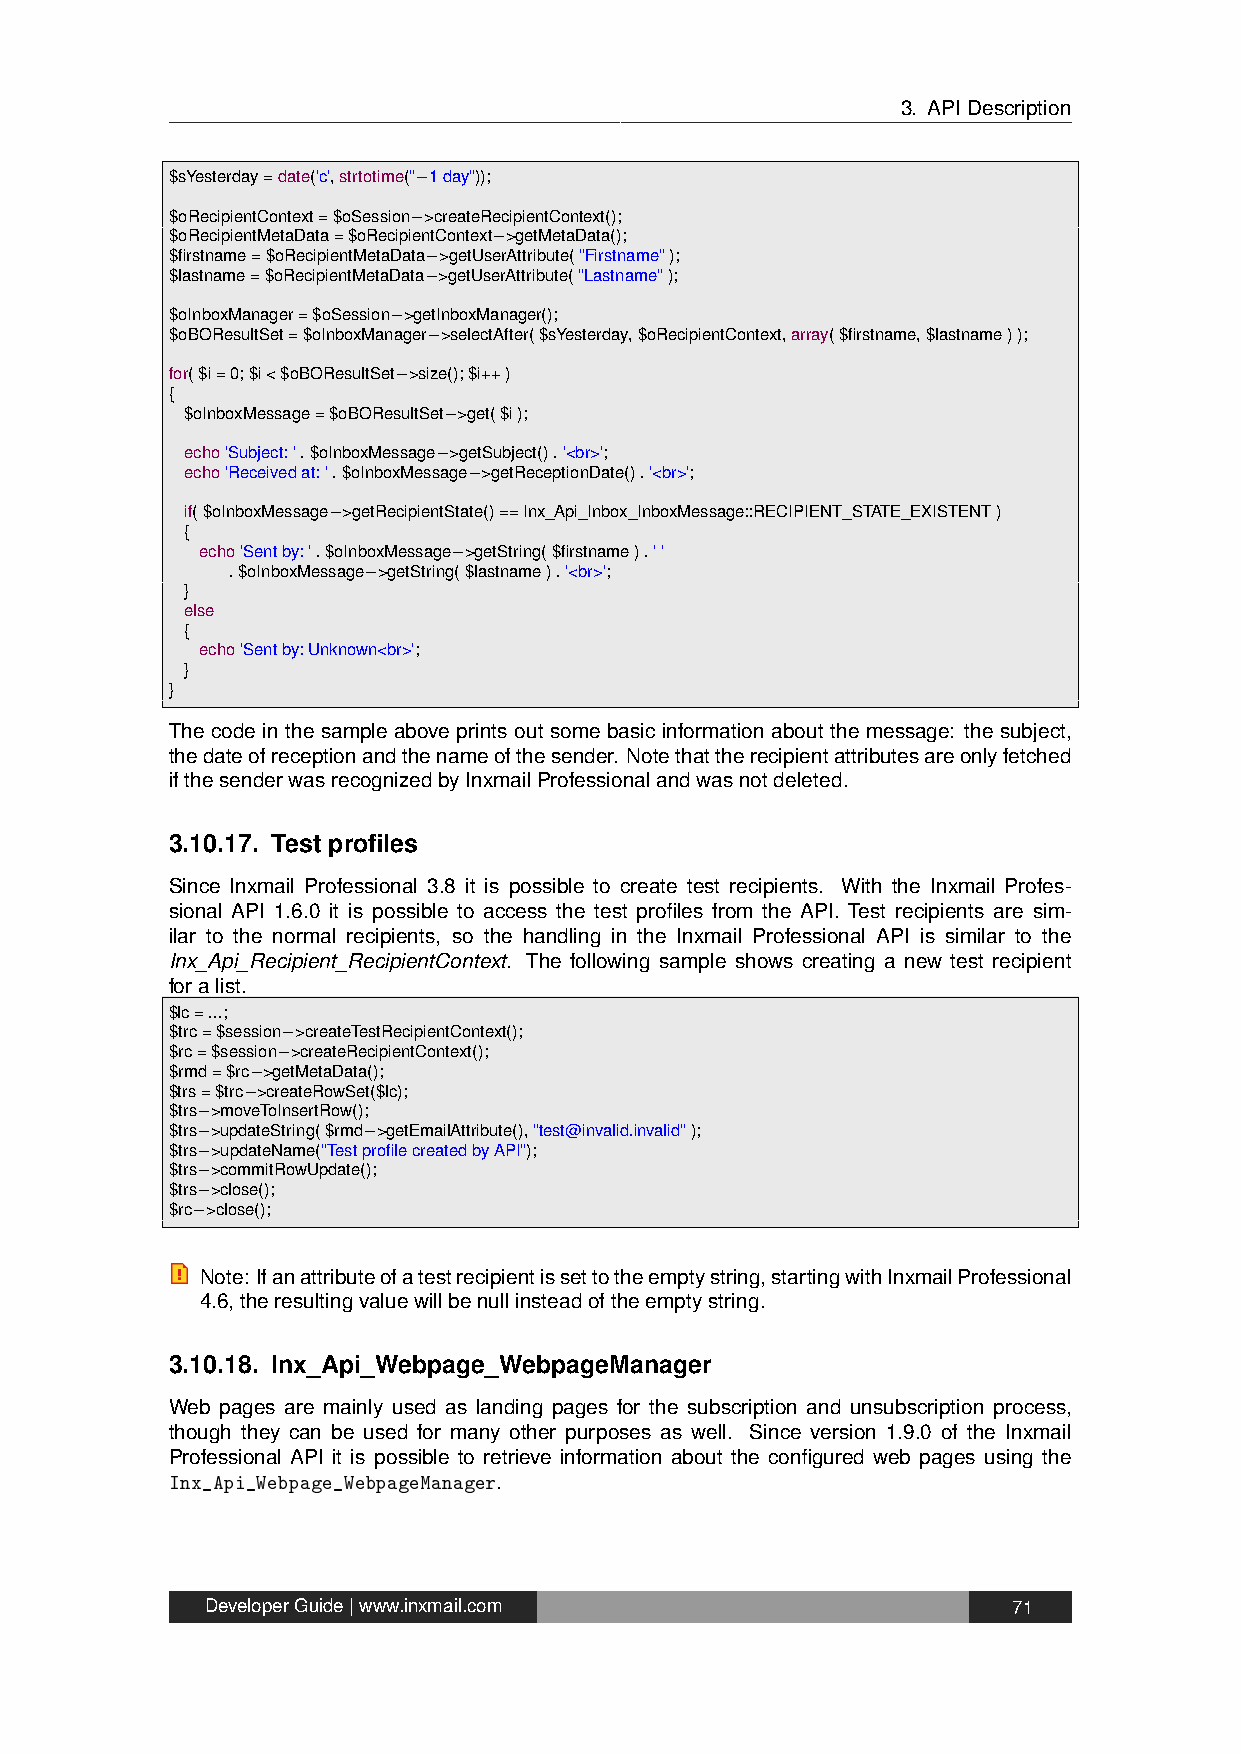
3. APIDescription
 $sYesterday=date('c',strtotime("−1day"));
 $oRecipientContext=$oSession−>createRecipientContext();
 $oRecipientMetaData=$oRecipientContext−>getMetaData();
 $firstname=$oRecipientMetaData−>getUserAttribute("Firstname");
 $lastname=$oRecipientMetaData−>getUserAttribute("Lastname");
 $oInboxManager=$oSession−>getInboxManager();
 $oBOResultSet=$oInboxManager−>selectAfter($sYesterday,$oRecipientContext,array($firstname,$lastname));
 for($i=0;$i<$oBOResultSet−>size();$i++)
 {
 $oInboxMessage=$oBOResultSet−>get($i);
 echo'Subject:'.$oInboxMessage−>getSubject().'<br>';
 echo'Receivedat:'.$oInboxMessage−>getReceptionDate().'<br>';
 if($oInboxMessage−>getRecipientState()==Inx_Api_Inbox_InboxMessage::RECIPIENT_STATE_EXISTENT)
 {
 echo'Sentby:'.$oInboxMessage−>getString($firstname).''
 .$oInboxMessage−>getString($lastname).'<br>';
 }
 else
 {
 echo'Sentby:Unknown<br>';
 }
 }
 The code in the sample above prints out some basic information about the message: the subject,
 thedateofreceptionandthenameofthesender. Notethattherecipientattributesareonlyfetched
 ifthesenderwasrecognizedbyInxmailProfessionalandwasnotdeleted.
 3.10.17. Test profiles
 Since Inxmail Professional 3.8 it is possible to create test recipients. With the Inxmail Profes-
 sional API 1.6.0 it is possible to access the test profiles from the API. Test recipients are sim-
 ilar to the normal recipients, so the handling in the Inxmail Professional API is similar to the
 Inx_Api_Recipient_RecipientContext. The following sample shows creating a new test recipient
 foralist.
 $lc=...;
 $trc=$session−>createTestRecipientContext();
 $rc=$session−>createRecipientContext();
 $rmd=$rc−>getMetaData();
 $trs=$trc−>createRowSet($lc);
 $trs−>moveToInsertRow();
 $trs−>updateString($rmd−>getEmailAttribute(),"test@invalid.invalid");
 $trs−>updateName("TestprofilecreatedbyAPI");
 $trs−>commitRowUpdate();
 $trs−>close();
 $rc−>close();
 Note: Ifanattributeofatestrecipientissettotheemptystring,startingwithInxmailProfessional
 4.6,theresultingvaluewillbenullinsteadoftheemptystring.
 3.10.18. Inx_Api_Webpage_WebpageManager
 Web pages are mainly used as landing pages for the subscription and unsubscription process,
 though they can be used for many other purposes as well. Since version 1.9.0 of the Inxmail
 Professional API it is possible to retrieve information about the configured web pages using the
 Inx_Api_Webpage_WebpageManager.
 DeveloperGuide|www.inxmail.com                       71